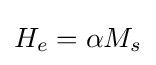
H_{e}=\alpha M_{s}